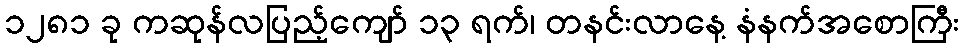
၁၂၈၁ ခု ကဆုန်လပြည့်ကျော် ၁၃ ရက်၊ တနင်းလာနေ့ နံနက်အစောကြီး